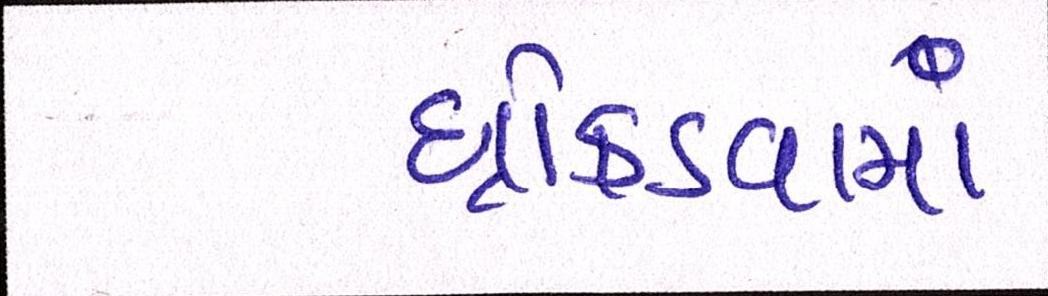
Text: ધ્રોકડવામાં